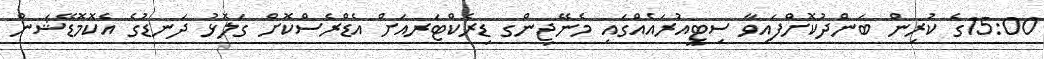
15:00ގެ ކުރިން ބަންދުކޮށްފައިވާ ސިޓީއުރައެއްގައި މެނޭޖިންގ ޑިރެކްޓަރއަށް އެޑްރެސްކޮށް ގަލޮޅު ދަނޑުގެ އެކޮމޮޑޭޝަން